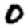
Digit: 0